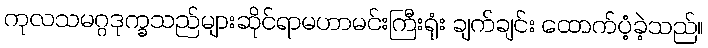
ကုလသမဂ္ဂဒုက္ခသည်များဆိုင်ရာမဟာမင်းကြီးရုံး ချက်ချင်း ထောက်ပံ့ခဲ့သည်။